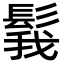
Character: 𩭝